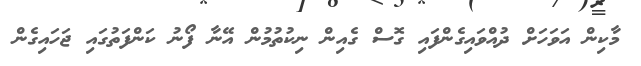
މާކިން އަވަހަށް ދުއްވައިގެންފައި ގޮސް ގެއިން ނިކުތުމުން އޭނާ ފޯނު ކަންފަތުގައި ޖަހައިގެން